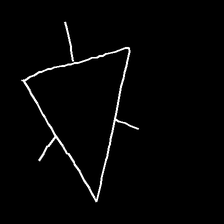
Glyph: fire